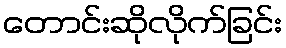
တောင်းဆိုလိုက်ခြင်း